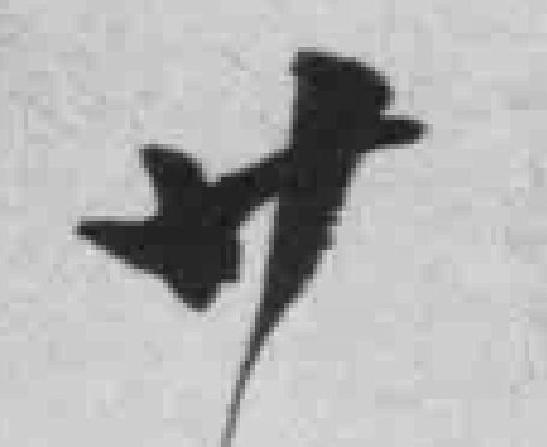
廿